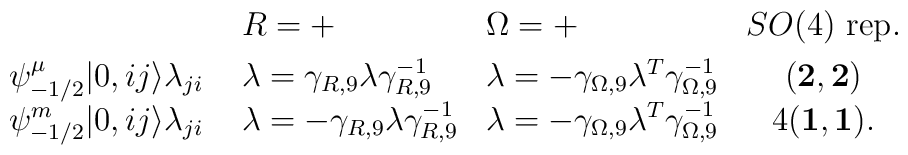
\begin{array}{lllc}&R=+&\Omega = +&SO(4)\mbox{ rep.}\\[4pt]\psi_{-1/2}^\mu|0,ij\rangle \lambda_{ji}\ &\lambda = \gamma_{R,9}\lambda \gamma_{R,9}^{-1} &\lambda =-\gamma_{\Omega,9}\lambda^T\gamma_{\Omega,9}^{-1}&({\bf 2},{\bf 2})\\ \psi_{-1/2}^m |0,ij\rangle \lambda_{ji}\ &\lambda = -\gamma_{R,9} \lambda \gamma_{R,9}^{-1} &\lambda =-\gamma_{\Omega,9}\lambda^T\gamma_{\Omega,9}^{-1}&4({\bf 1},{\bf 1}).\\ \end{array}